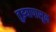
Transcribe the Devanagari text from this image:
तुझ्यापासून